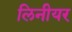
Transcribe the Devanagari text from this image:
लिनीयर